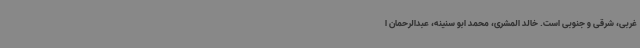
غربی، شرقی و جنوبی است. خالد المشری، محمد ابو سنینه، عبدالرحمان ا